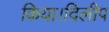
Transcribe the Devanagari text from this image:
किया।दिलीप